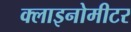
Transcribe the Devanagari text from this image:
क्लाइनोमीटर